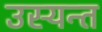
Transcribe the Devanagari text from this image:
उस्यन्त